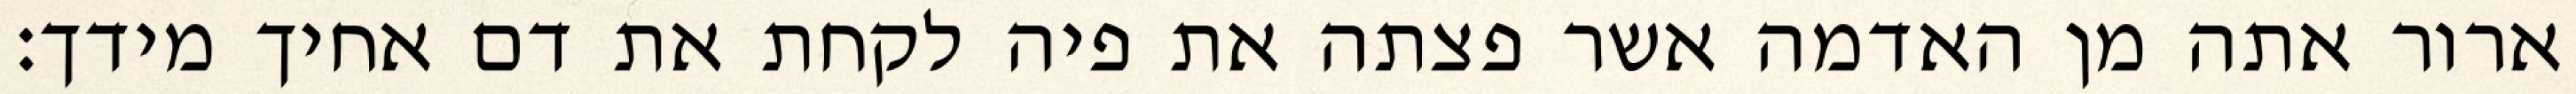
ארור אתה מן האדמה אשר פצתה את פיה לקחת את דם אחיך מידך׃